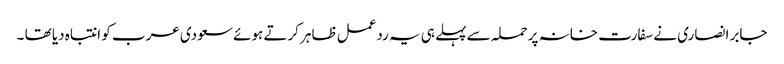
جابر انصاری نے سفارت خانہ پر حملہ سے پہلے ہی یہ ردعمل ظاہر کرتے ہوئے سعودی عرب کو انتباہ دیا تھا ۔